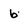
Character: 6